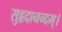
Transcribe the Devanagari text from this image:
सुहृदानन्दम्‌।